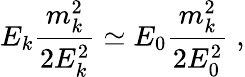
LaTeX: E_{k}\frac{m_{k}^{2}}{2E_{k}^{2}}\simeq E_{0}\frac{m_{k}^{2}}{2E_{0}^{2}}\; ,